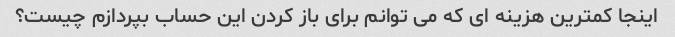
اینجا کمترین هزینه ای که می توانم برای باز کردن این حساب بپردازم چیست؟